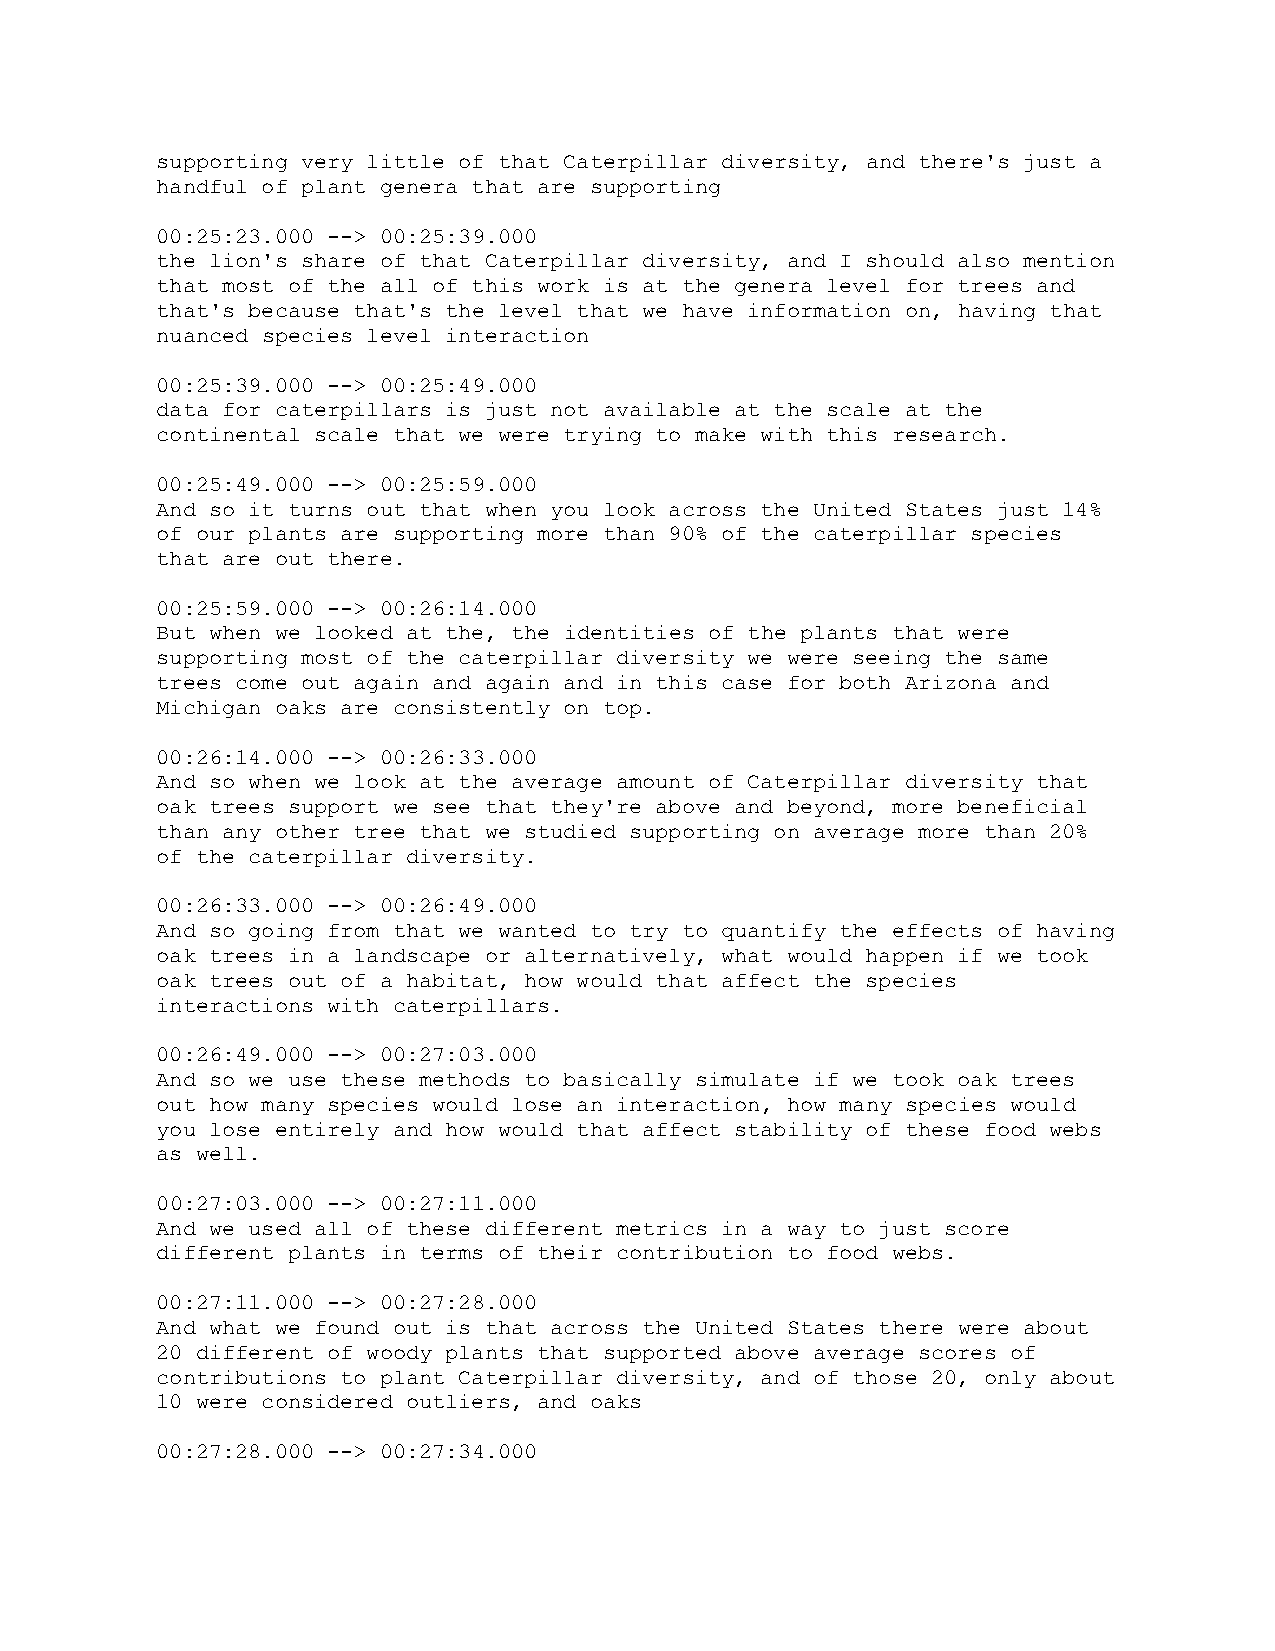
supporting very little of that Caterpillar diversity, and there's just a
 handful of plant genera that are supporting
 00:25:23.000 --> 00:25:39.000
 the lion's share of that Caterpillar diversity, and I should also mention
 that most of the all of this work is at the genera level for trees and
 that's because that's the level that we have information on, having that
 nuanced species level interaction
 00:25:39.000 --> 00:25:49.000
 data for caterpillars is just not available at the scale at the
 continental scale that we were trying to make with this research.
 00:25:49.000 --> 00:25:59.000
 And so it turns out that when you look across the United States just 14%
 of our plants are supporting more than 90% of the caterpillar species
 that are out there.
 00:25:59.000 --> 00:26:14.000
 But when we looked at the, the identities of the plants that were
 supporting most of the caterpillar diversity we were seeing the same
 trees come out again and again and in this case for both Arizona and
 Michigan oaks are consistently on top.
 00:26:14.000 --> 00:26:33.000
 And so when we look at the average amount of Caterpillar diversity that
 oak trees support we see that they're above and beyond, more beneficial
 than any other tree that we studied supporting on average more than 20%
 of the caterpillar diversity.
 00:26:33.000 --> 00:26:49.000
 And so going from that we wanted to try to quantify the effects of having
 oak trees in a landscape or alternatively, what would happen if we took
 oak trees out of a habitat, how would that affect the species
 interactions with caterpillars.
 00:26:49.000 --> 00:27:03.000
 And so we use these methods to basically simulate if we took oak trees
 out how many species would lose an interaction, how many species would
 you lose entirely and how would that affect stability of these food webs
 as well.
 00:27:03.000 --> 00:27:11.000
 And we used all of these different metrics in a way to just score
 different plants in terms of their contribution to food webs.
 00:27:11.000 --> 00:27:28.000
 And what we found out is that across the United States there were about
 20 different of woody plants that supported above average scores of
 contributions to plant Caterpillar diversity, and of those 20, only about
 10 were considered outliers, and oaks
 00:27:28.000 --> 00:27:34.000